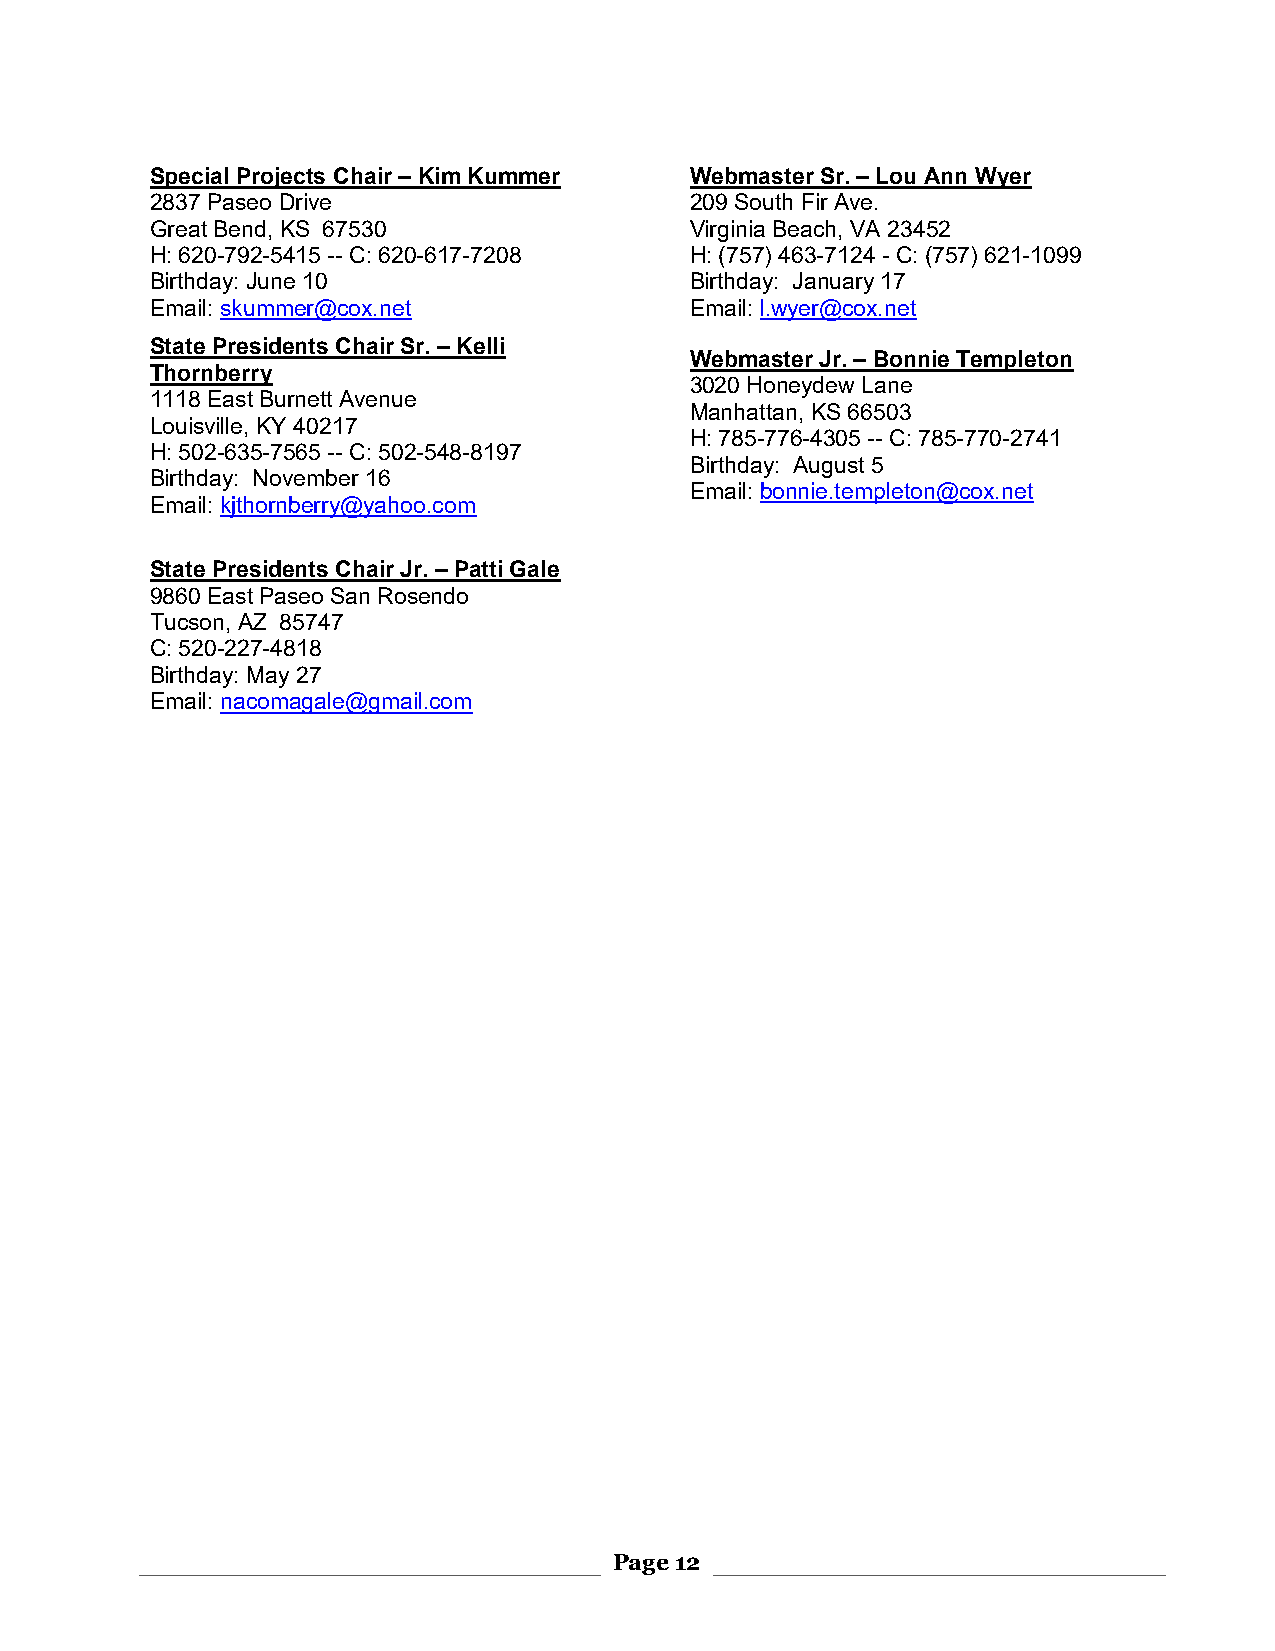
Special Projects Chair – Kim Kummer Webmaster Sr. – Lou Ann Wyer
 2837 Paseo Drive                    209 South Fir Ave.
 Great Bend, KS 67530                Virginia Beach, VA 23452
 H: 620-792-5415 -- C: 620-617-7208  H: (757) 463-7124 - C: (757) 621-1099
 Birthday: June 10                   Birthday: January 17
 Email: skummer@cox.net              Email: l.wyer@cox.net
 State Presidents Chair Sr. – Kelli
 Webmaster Jr. – Bonnie Templeton
 Thornberry
 3020 Honeydew Lane
 1118 East Burnett Avenue
 Manhattan, KS 66503
 Louisville, KY 40217
 H: 785-776-4305 -- C: 785-770-2741
 H: 502-635-7565 -- C: 502-548-8197
 Birthday: August 5
 Birthday: November 16
 Email: bonnie.templeton@cox.net
 Email: kjthornberry@yahoo.com
 State Presidents Chair Jr. – Patti Gale
 9860 East Paseo San Rosendo
 Tucson, AZ 85747
 C: 520-227-4818
 Birthday: May 27
 Email: nacomagale@gmail.com
 Page 12